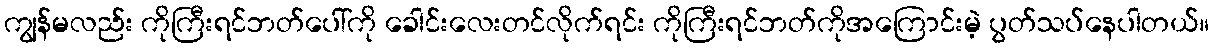
ကျွန်မလည်း ကိုကြီးရင်ဘတ်ပေါ်ကို ခေါင်းလေးတင်လိုက်ရင်း ကိုကြီးရင်ဘတ်ကိုအကြောင်းမဲ့ ပွတ်သပ်နေပါတယ်။